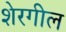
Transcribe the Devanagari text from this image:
शेरगील